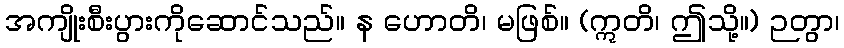
အကျိုးစီးပွားကိုဆောင်သည်။ န ဟောတိ၊ မဖြစ်။ (ဣတိ၊ ဤသို့။) ဉတွာ၊